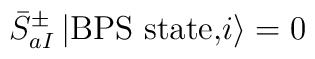
{\bar S}^{\pm}_{aI}   \, \vert \mbox{BPS state,} i\rangle = 0